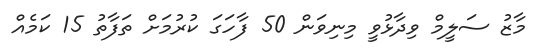
މާޒު ސަލީމް ވިދާޅުވީ މިނިވަން 50 ފާހަގަ ކުރުމަށް ތަފާތު 15 ކަމެއް